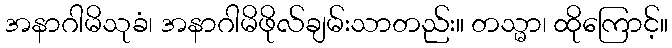
အနာဂါမိသုခံ၊ အနာဂါမိဖိုလ်ချမ်းသာတည်း။ တသ္မာ၊ ထိုကြောင့်။